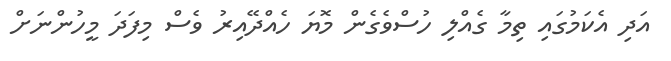
އަދި އެކަމުގައި ތިމާ ގެއްލި ހުސްވެގެން މޮޔަ ހެއްދޭއިރު ވެސް މިފަދަ މީހުންނަށް